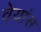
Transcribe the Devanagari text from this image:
वेयांस